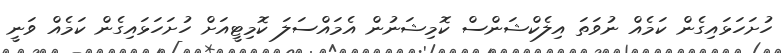
ހުށަހަޅައިގެން ކަމެއް ނުވަތަ އިލެކްޝަންސް ކޮމިޝަނުން އެމައްސަލަ ކޮމިޓީއަށް ހުށަހަޅައިގެން ކަމެއް ވަނީ